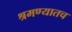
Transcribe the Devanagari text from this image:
श्रमण्यातच